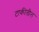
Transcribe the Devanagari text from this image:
टाकीतील